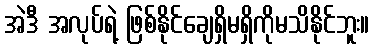
အဲဒီ အလုပ်ရဲ့ ဖြစ်နိုင်ချေရှိမရှိကိုမသိနိုင်ဘူး။